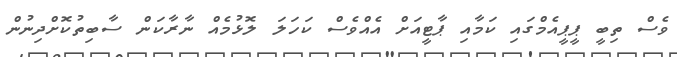
ވެސް ތިބީ ޕީޕީއެމްގައި ކަމާއި ޕާޓީއަށް އެއްވެސް ކަހަލަ ލޮޅުމެއް ނާރާކަން ސާބިތުކޮށްދިނުން